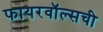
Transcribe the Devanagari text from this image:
फायरवॉल्सची